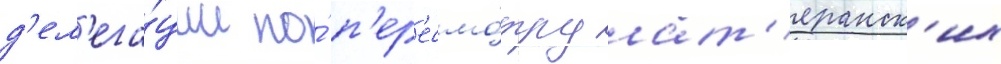
д'ел'ега́ции по́ п'ер'есмо́тру лат'еранск'их